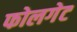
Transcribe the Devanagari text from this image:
फोलगेट